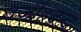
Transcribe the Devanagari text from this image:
तर्जीहबन्द